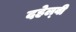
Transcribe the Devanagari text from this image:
दहेल्‍वी